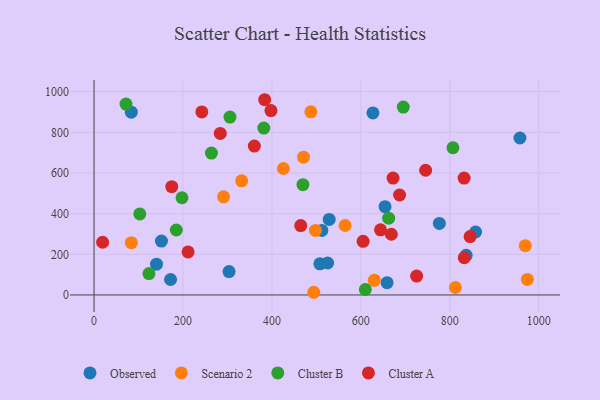
{"axis": {"x": "Engine Size", "y": "Yield"}, "legend": ["Cluster A", "Cluster B", "Observed", "Scenario 2"], "data": [{"x": "627.2", "y": 895.3, "type": "Observed"}, {"x": "654.5", "y": 434.2, "type": "Observed"}, {"x": "172.1", "y": 76.1, "type": "Observed"}, {"x": "512.4", "y": 317.3, "type": "Observed"}, {"x": "507.9", "y": 153.3, "type": "Observed"}, {"x": "303.6", "y": 115.1, "type": "Observed"}, {"x": "836.9", "y": 195.0, "type": "Observed"}, {"x": "858.1", "y": 309.7, "type": "Observed"}, {"x": "525.3", "y": 157.2, "type": "Observed"}, {"x": "659.0", "y": 60.4, "type": "Observed"}, {"x": "140.5", "y": 151.4, "type": "Observed"}, {"x": "957.9", "y": 772.0, "type": "Observed"}, {"x": "83.8", "y": 898.9, "type": "Observed"}, {"x": "151.6", "y": 265.0, "type": "Observed"}, {"x": "528.9", "y": 371.4, "type": "Observed"}, {"x": "776.6", "y": 351.9, "type": "Observed"}, {"x": "630.2", "y": 71.8, "type": "Scenario 2"}, {"x": "471.2", "y": 677.8, "type": "Scenario 2"}, {"x": "812.7", "y": 36.7, "type": "Scenario 2"}, {"x": "291.3", "y": 482.8, "type": "Scenario 2"}, {"x": "498.0", "y": 317.2, "type": "Scenario 2"}, {"x": "487.7", "y": 900.7, "type": "Scenario 2"}, {"x": "494.2", "y": 13.2, "type": "Scenario 2"}, {"x": "974.6", "y": 76.2, "type": "Scenario 2"}, {"x": "425.8", "y": 622.0, "type": "Scenario 2"}, {"x": "969.9", "y": 242.4, "type": "Scenario 2"}, {"x": "83.9", "y": 257.4, "type": "Scenario 2"}, {"x": "332.0", "y": 561.6, "type": "Scenario 2"}, {"x": "564.7", "y": 341.7, "type": "Scenario 2"}, {"x": "610.1", "y": 26.8, "type": "Cluster B"}, {"x": "71.9", "y": 939.0, "type": "Cluster B"}, {"x": "807.2", "y": 724.2, "type": "Cluster B"}, {"x": "662.6", "y": 377.6, "type": "Cluster B"}, {"x": "185.0", "y": 319.5, "type": "Cluster B"}, {"x": "469.8", "y": 542.4, "type": "Cluster B"}, {"x": "264.0", "y": 697.8, "type": "Cluster B"}, {"x": "123.5", "y": 105.2, "type": "Cluster B"}, {"x": "197.8", "y": 478.2, "type": "Cluster B"}, {"x": "381.8", "y": 820.8, "type": "Cluster B"}, {"x": "102.9", "y": 398.4, "type": "Cluster B"}, {"x": "695.5", "y": 924.3, "type": "Cluster B"}, {"x": "305.7", "y": 874.9, "type": "Cluster B"}, {"x": "832.7", "y": 183.4, "type": "Cluster A"}, {"x": "644.3", "y": 320.5, "type": "Cluster A"}, {"x": "745.8", "y": 613.5, "type": "Cluster A"}, {"x": "242.4", "y": 900.5, "type": "Cluster A"}, {"x": "464.8", "y": 341.1, "type": "Cluster A"}, {"x": "845.8", "y": 287.4, "type": "Cluster A"}, {"x": "832.3", "y": 574.8, "type": "Cluster A"}, {"x": "283.9", "y": 794.7, "type": "Cluster A"}, {"x": "725.5", "y": 93.1, "type": "Cluster A"}, {"x": "383.8", "y": 960.3, "type": "Cluster A"}, {"x": "672.5", "y": 575.0, "type": "Cluster A"}, {"x": "211.5", "y": 211.5, "type": "Cluster A"}, {"x": "174.8", "y": 532.7, "type": "Cluster A"}, {"x": "668.6", "y": 298.6, "type": "Cluster A"}, {"x": "360.5", "y": 732.5, "type": "Cluster A"}, {"x": "19.3", "y": 259.2, "type": "Cluster A"}, {"x": "687.2", "y": 491.7, "type": "Cluster A"}, {"x": "397.9", "y": 907.1, "type": "Cluster A"}, {"x": "605.1", "y": 263.8, "type": "Cluster A"}]}